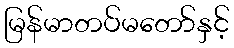
မြန်မာတပ်မတော်နှင့်